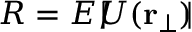
R = E / \! \! \! \! \mid \! \! \! U ( { \bf r } _ { \perp } ) \! \! \! \mid